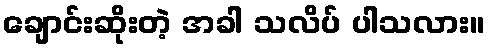
ချောင်းဆိုးတဲ့ အခါ သလိပ် ပါသလား။